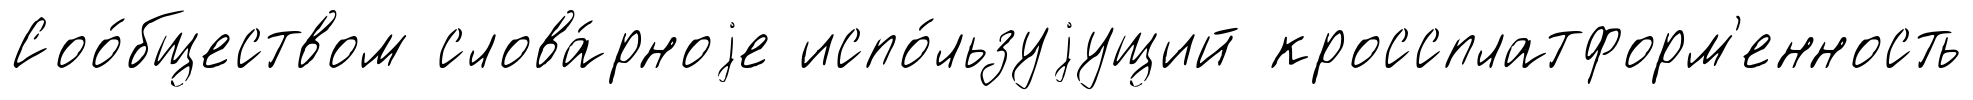
Соо́бществом слова́рноjе испо́льзуjущий кроссплатформ'енность